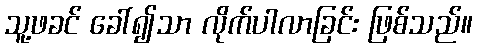
သူ့ဖခင် ခေါ်၍သာ လိုက်ပါလာခြင်း ဖြစ်သည်။